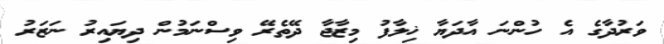
ވަރުދާގެ އެ ހުންނަ އާދަޔާ ޚިލާފު މިޒާޖާ ދޭތެރޭ ވިސްނަމުން ދިޔައިރު ނަޒަރު